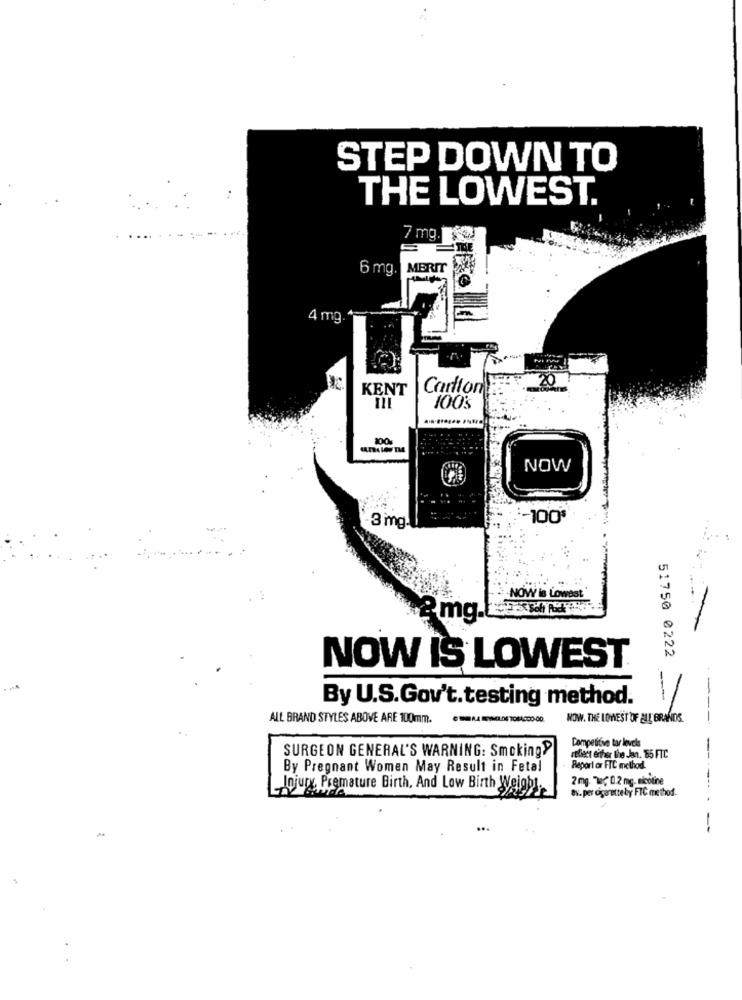
STEP DOWN TO
THE LOWEST.
17 mg
6 mg.
MERIT
4 mg
KENT
Carlton
20
100%
100
NOW
-100
-3 mg.
-NOW is Lowest
2mg
51750 0222
NOW IS LOWEST
By U.S.Gov't.testing method.
---
ALL BRAND STYLES ABOVE ARE 100mm.
NOW. THE LOWEST OF ALL BRANDS.
Competitive tar levels
SURGEON GENERAL'S WARNING: Smoking?
reflect eifer the Jan. 55 FTC
By Pregnant Women May Result in Fetal
Report or FTC method.
2 mg. "We( 0.2 mg. nicotine
Injury Premature Birth, And Low Birth Weight,
av. per cigarette by FIC method.
-